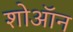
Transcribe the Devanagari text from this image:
शोऑन